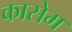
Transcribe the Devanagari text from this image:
कासेम